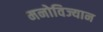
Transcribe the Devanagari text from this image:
मनोविज्यान